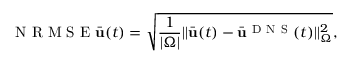
\mathrm { ~ N ~ R ~ M ~ S ~ E ~ } \bar { \mathbf { u } } ( t ) = \sqrt { \frac { 1 } { | \Omega | } | | \bar { \mathbf { u } } ( t ) - \bar { \mathbf { u } } ^ { \mathrm { ~ D ~ N ~ S ~ } } ( t ) | | _ { \Omega } ^ { 2 } } ,